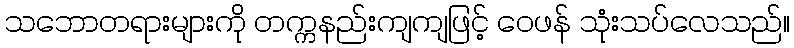
သဘောတရားများကို တက္ကနည်းကျကျဖြင့် ဝေဖန် သုံးသပ်လေသည်။